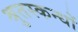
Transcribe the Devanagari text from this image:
श्रुतस्कन्धों